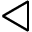
\triangleleft